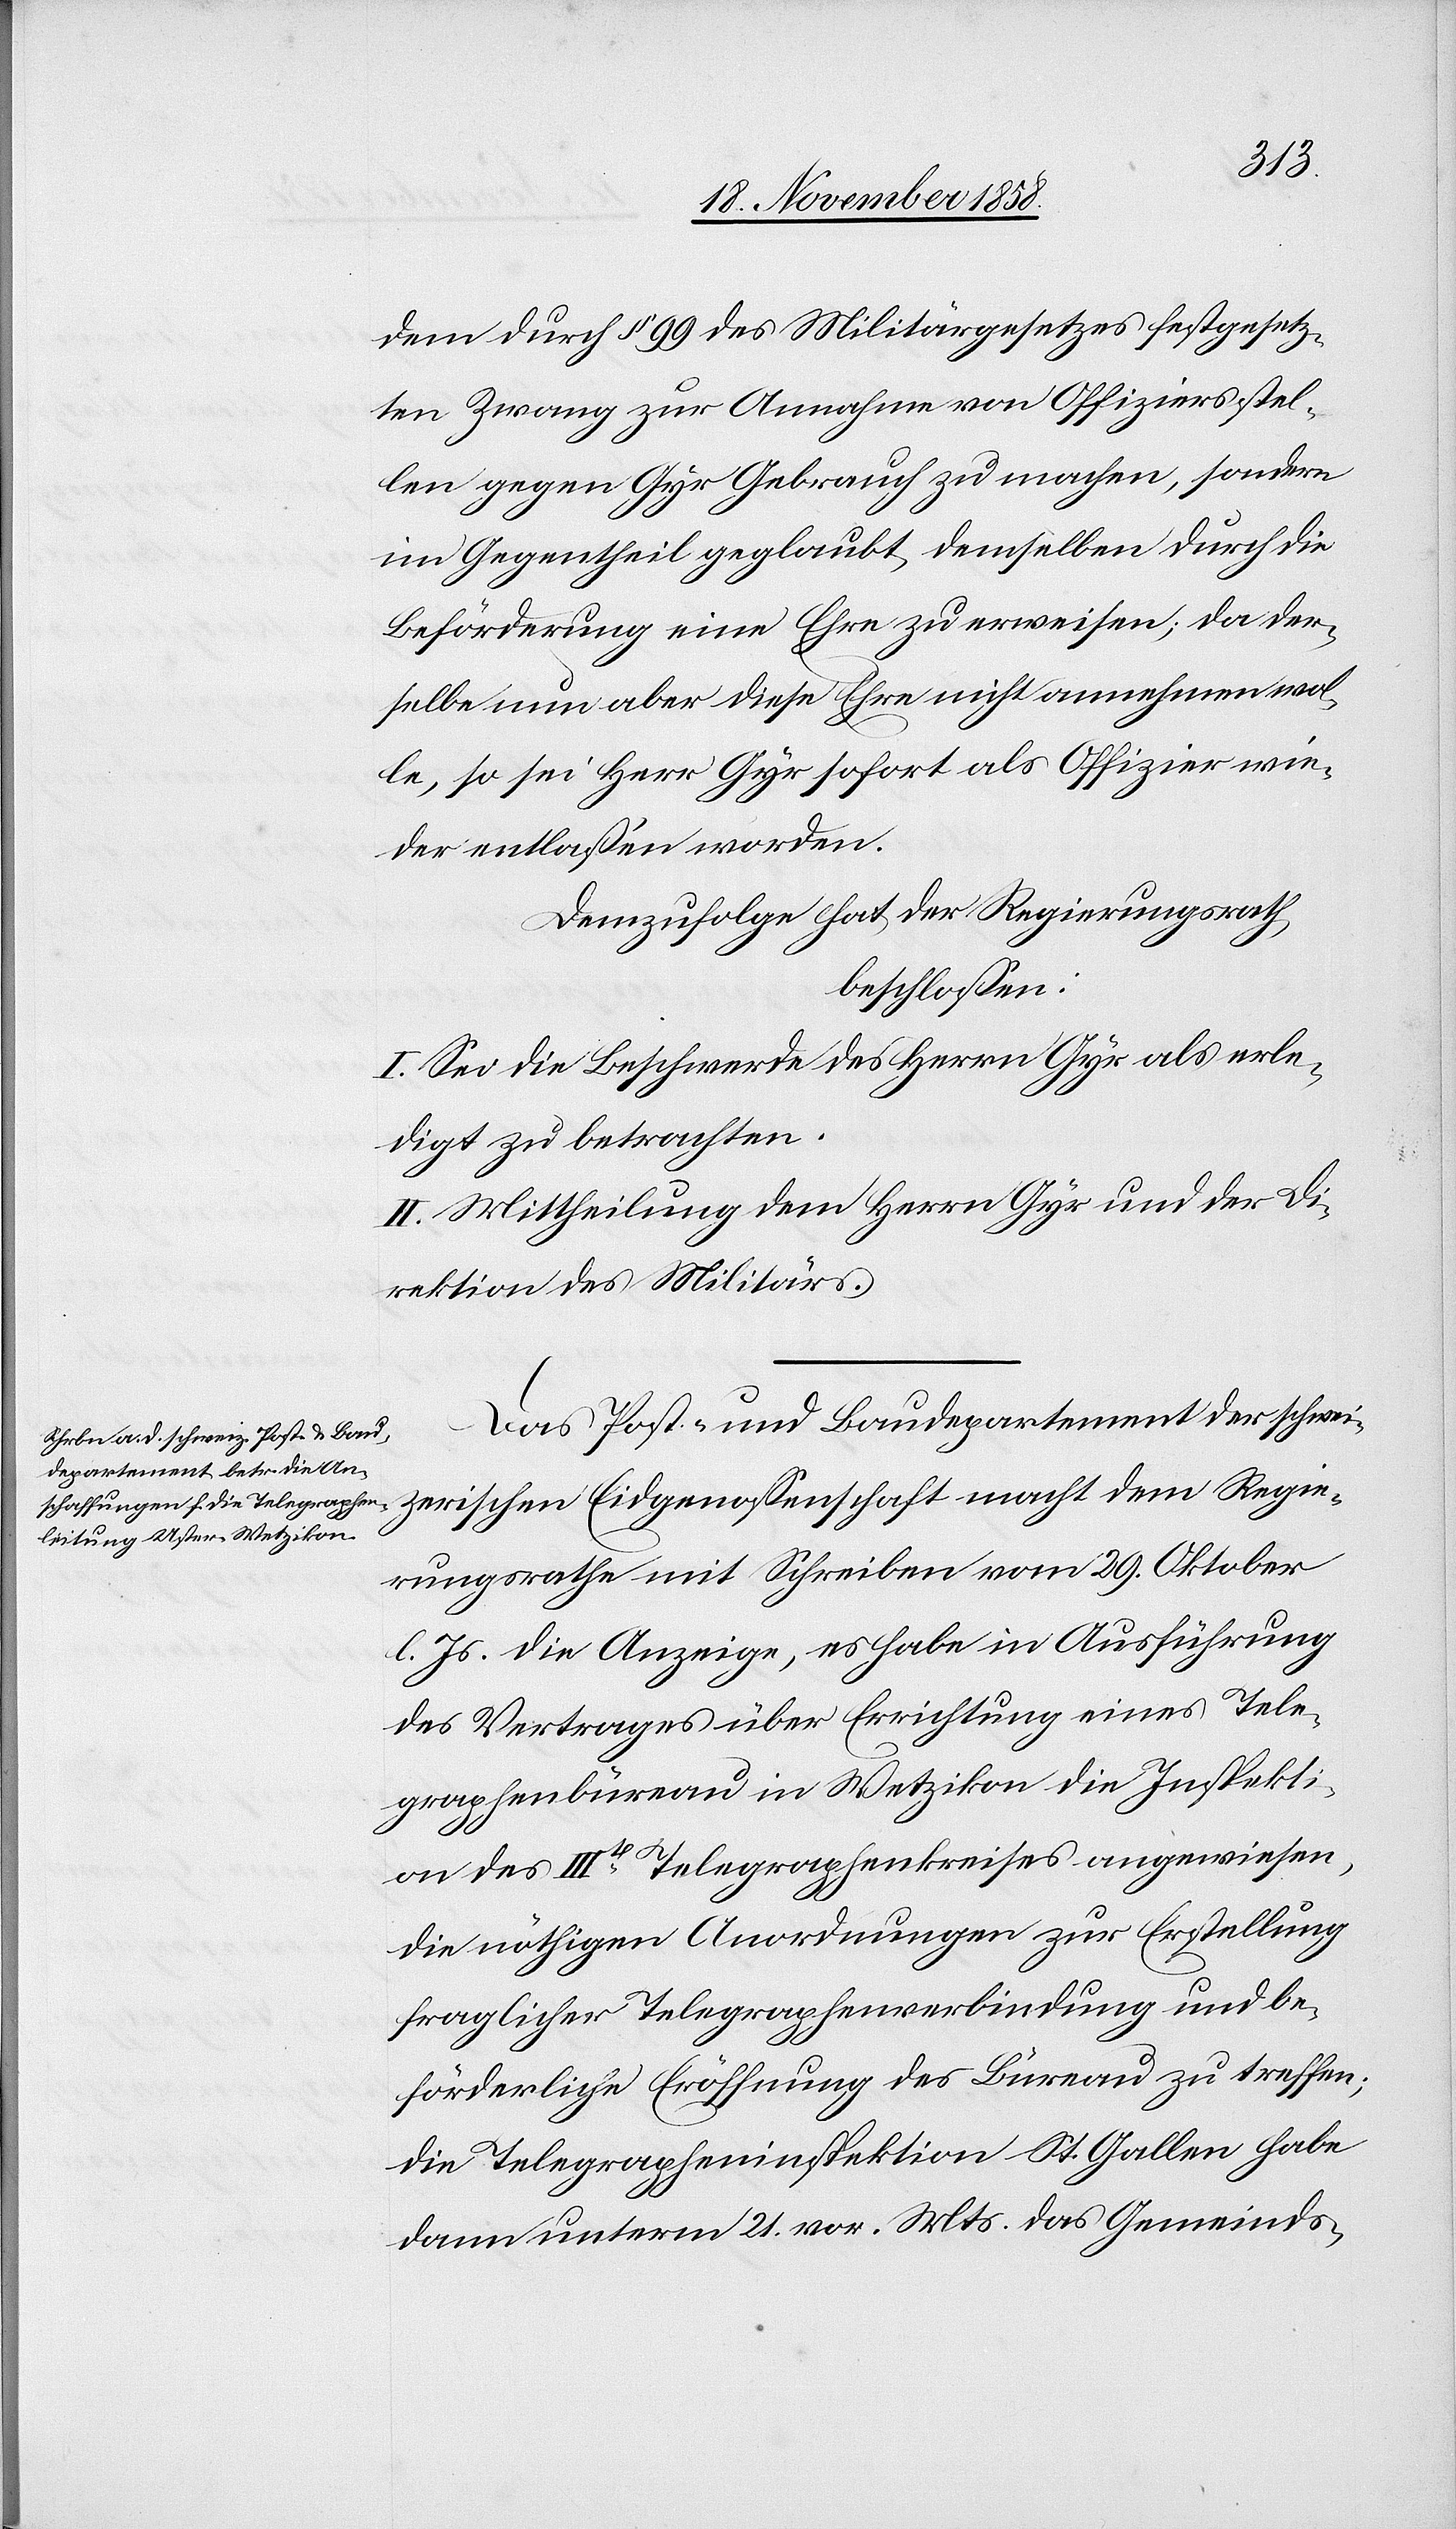
Regie¬
dem durch § 99 des Militärgesetzes festgesetz¬
ten Zwang zur Annahme von Offiziersstel¬
len gegen Gyr Gebrauch zu machen, sondern
im Gegentheil geglaubt, demselben durch die
Beförderung eine Ehre zu erweisen; da der¬
selbe nun aber diese Ehre nicht annehmen wol¬
le, so sei Herr Gyr sofort als Offizier wie¬
der entlassen worden.
Demzufolge hat der Regierungsrath
beschlossen:
I. Sei die Beschwerde des Herrn Gyr als erle¬
digt zu betrachten.
II. Mittheilung dem Herrn Gyr und der Di¬
rektion des Militärs.
Das Post- und Baudepartement der schweize¬
rungsrathe mit Schreiben vom 29. Oktober
l. Js. die Anzeige, es habe in Ausführung
des Vertrages über Errichtung eines Tele¬
graphenbüreau in Wetzikon die Inspekti¬
on des IIIt Telegraphenkreises angewiesen,
die nöthigen Anordnungen zur Erstellung
fraglicher Telegraphenverbindung und be¬
förderliche Eröffnung des Büreau zu treffen;
die Telegrapheninspektion St. Gallen habe
dann unterm 21. vor. Mts. das Gemeinds-